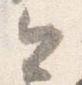
今